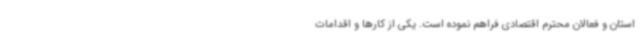
استان و فعالان محترم اقتصادی فراهم نموده است. یکی از کارها و اقدامات